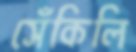
সেঁকিলি